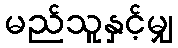
မည်သူနှင့်မျှ